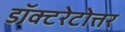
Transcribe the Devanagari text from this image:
डॉक्टरेटोत्तर